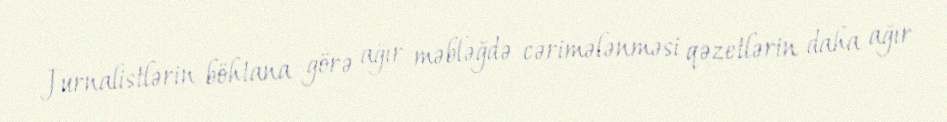
Jurnalistlərin böhtana görə ağır məbləğdə cərimələnməsi qəzetlərin daha ağır